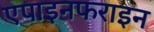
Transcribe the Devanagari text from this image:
एपाइनफराइन